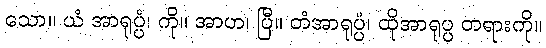
သော။ ယံ အာရုပ္ပံ၊ ကို။ အာဟ၊ ပြီ။ တံအာရုပ္ပံ၊ ထိုအာရုပ္ပ တရားကို။